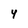
Character: 4